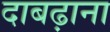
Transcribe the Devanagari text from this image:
दाबढ़ाना